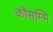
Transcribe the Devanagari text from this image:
कौसम्भि